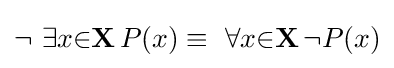
\lnot \ \exists {x}{\in }\mathbf {X} \,P(x)\equiv \ \forall {x}{\in }\mathbf {X} \,\lnot P(x)